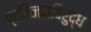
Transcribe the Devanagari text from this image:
प्रतिजनविरुद्ध